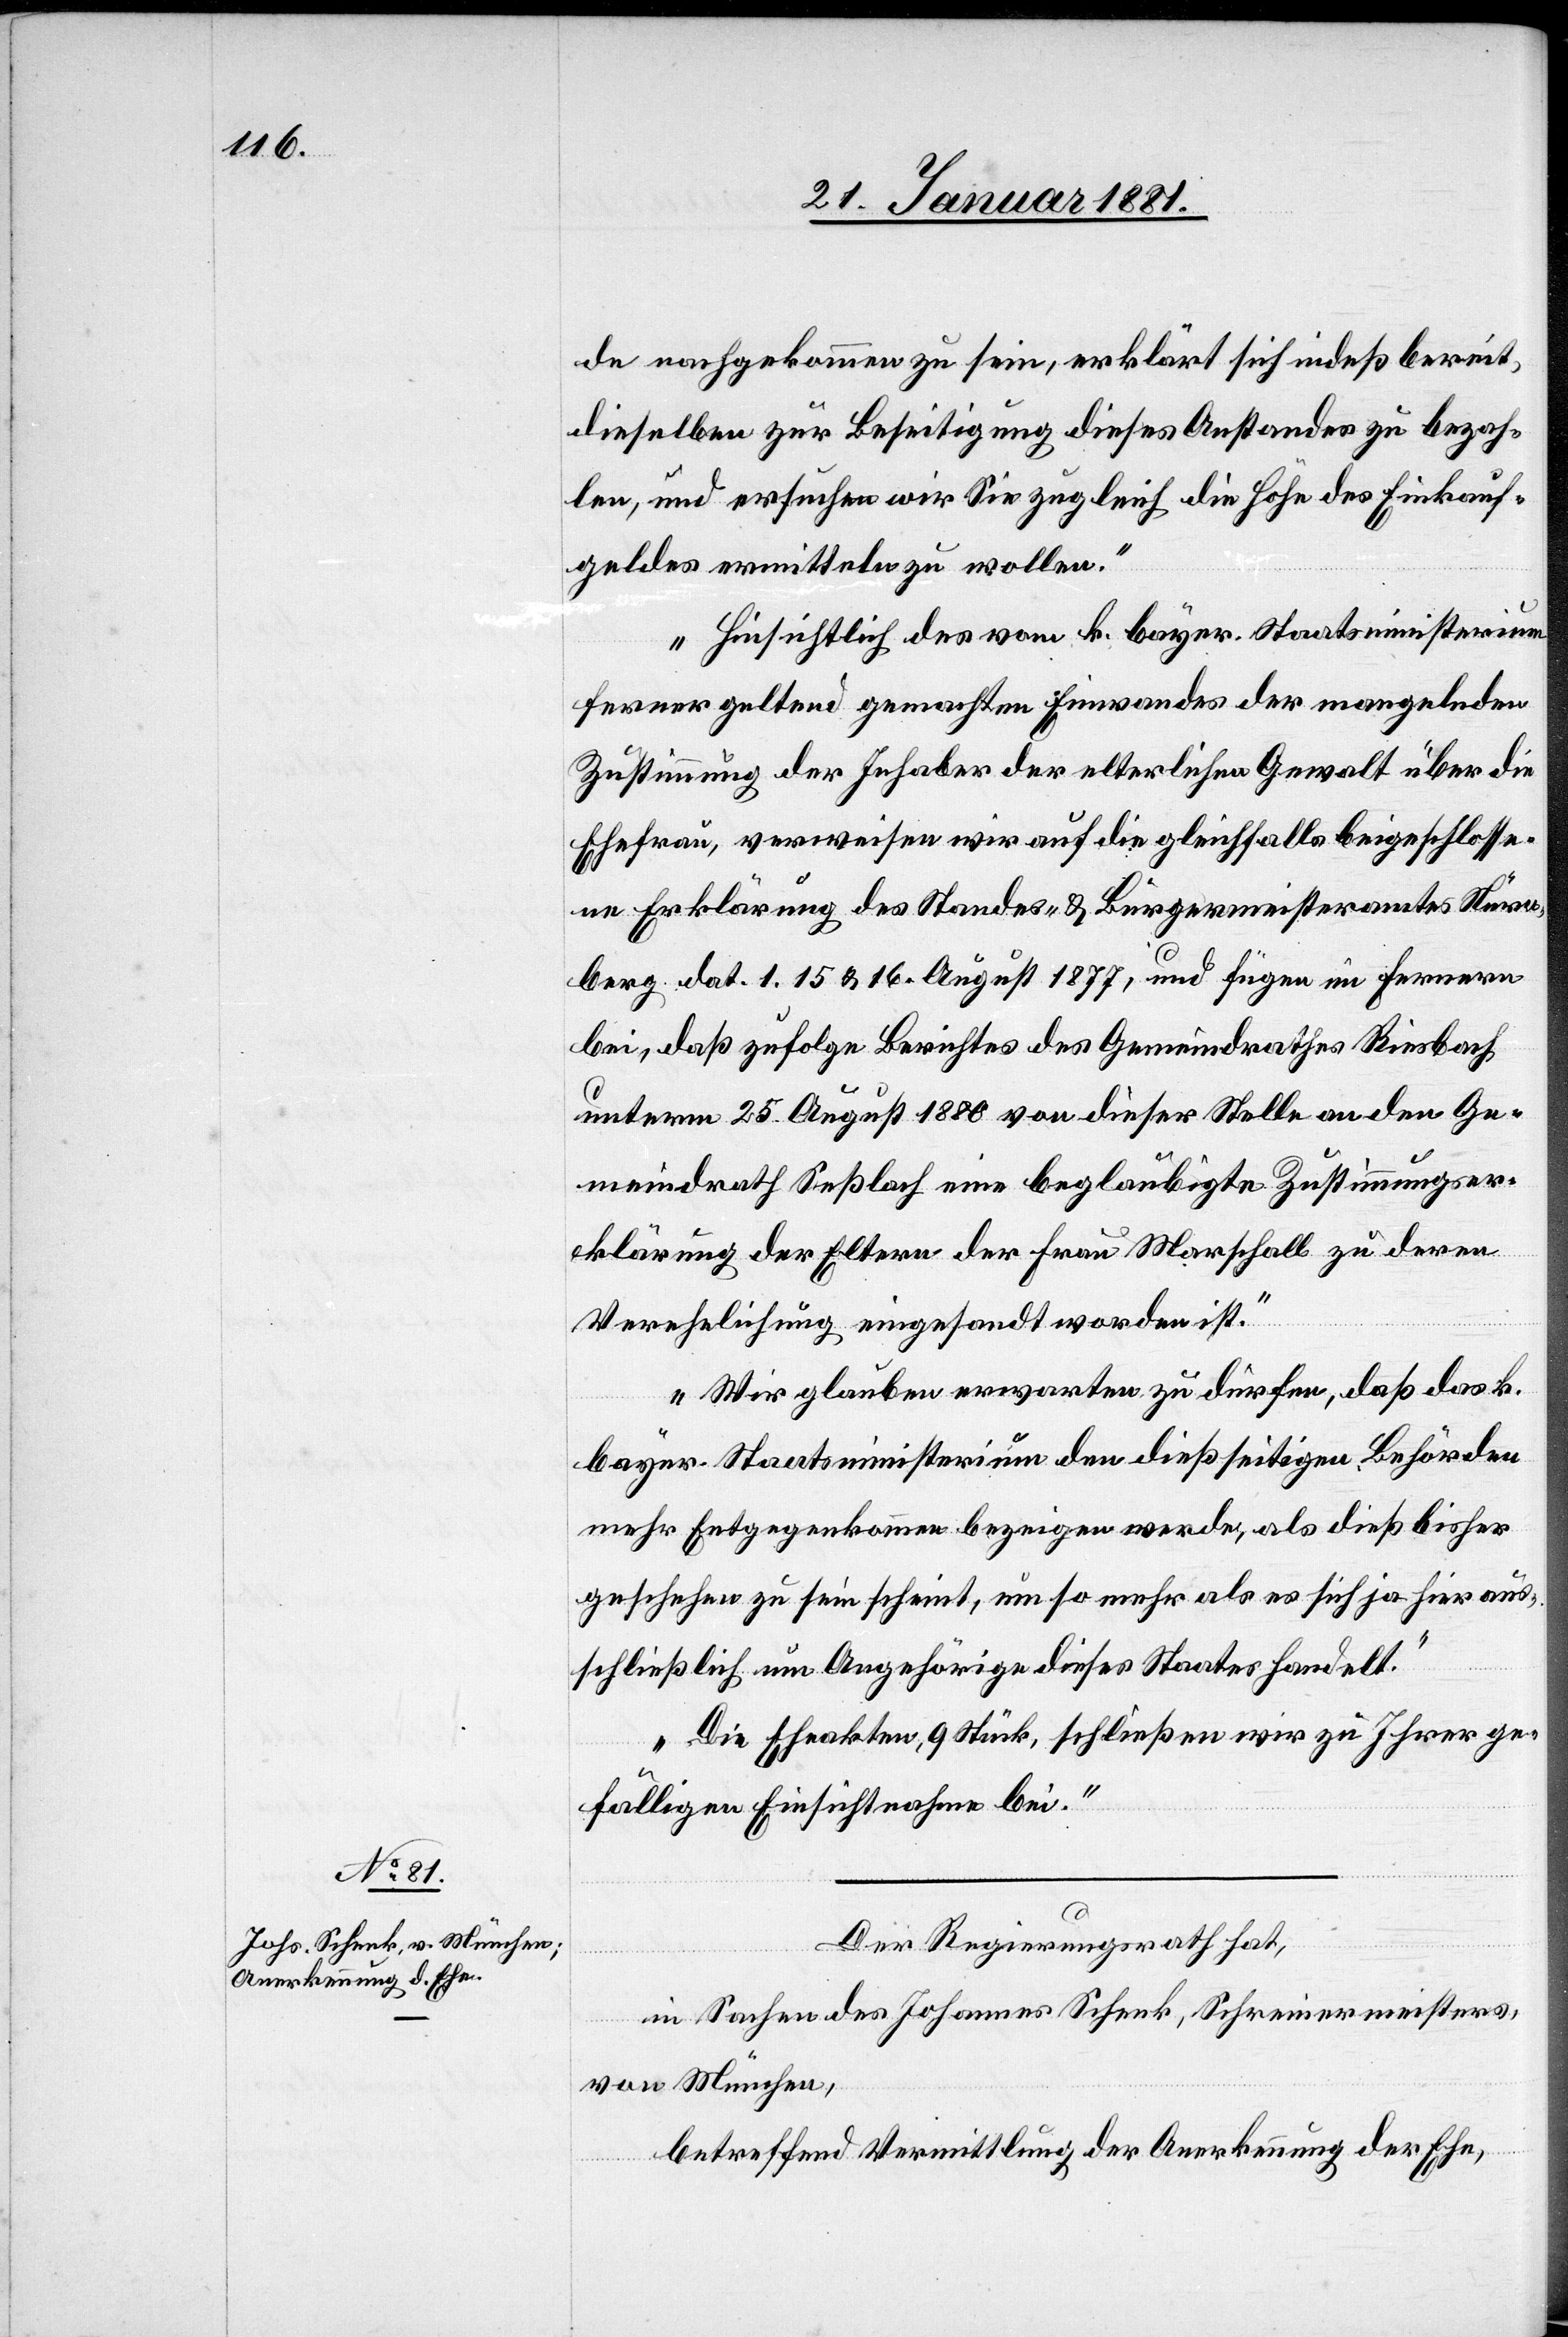
de nachgekommen zu sein, erklärt sich indeß bereit,
dieselben zur Beseitigung dieses Anstandes zu bezah¬
len, und ersuchen wir Sie zugleich die Höhe des Einkaufs¬
geldes ermitteln zu wollen.“
„Hinsichtlich des vom k. bayer. Staatsministerium
ferner geltend gemachten Einwandes der mangelnden
Zustimmung der Inhaber der elterlichen Gewalt über die
Ehefrau, verweisen wir auf die gleichfalls beigeschlosse¬
ne Erklärung des Standes- & Bürgermeisteramtes Nürn¬
berg dat. 1.[,] 15 & 16. August 1877, und fügen im fernern
bei, daß zufolge Berichtes des Gemeindrathes Riesbach
unterm 25. August 1880 von dieser Stelle an den Ge¬
meindrath Seßlach eine beglaubigte Zustimmungs¬
klärung der Eltern der Frau Marschall zu deren
Verehelichung eingesandt worden ist.“
„Wir glauben erwarten zu dürfen, daß das k.
bayer. Staatsministerium den dießseitigen Behörden
mehr Entgegenkommen bezeigen werde, als dieß bisher
geschehen zu sein scheint, um so mehr als es sich ja hier aus¬
schließlich um Angehörige dieses Staates handelt.“
„Die Eheakten, 9 Stück, schließen wir zu Ihrer ge¬
fälligen Einsichtnahme bei.“
Der Regierungsrath hat,
in Sachen des Johannes Schenk, Schreinermeisters,
von München,
betreffend Vermittlung der Anerkennung der Ehe,